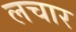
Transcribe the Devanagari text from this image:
लचार